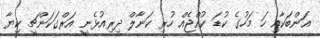
އަންބަކާއި ހަ މަހުގެ ކުޑަ ކުއްޖެއް ހުރި ކަނާލް ދިރިއުޅެނީ އަރްގަކަންޗީ ކިޔާ